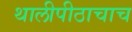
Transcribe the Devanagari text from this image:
थालीपीठाचाच